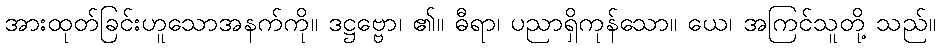
အားထုတ်ခြင်းဟူသောအနက်ကို။ ဒဋ္ဌဗ္ဗော၊ ၏။ ဓီရာ၊ ပညာရှိကုန်သော။ ယေ၊ အကြင်သူတို့ သည်။